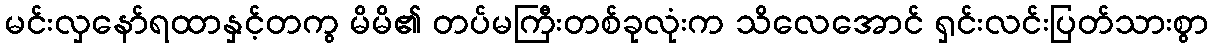
မင်းလှနော်ရထာနှင့်တကွ မိမိ၏ တပ်မကြီးတစ်ခုလုံးက သိလေအောင် ရှင်းလင်းပြတ်သားစွာ